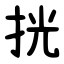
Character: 挄